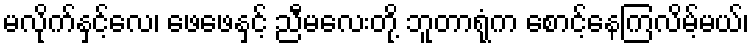
မလိုက်နှင့်လေ၊ ဖေဖေနှင့် ညီမလေးတို့ ဘူတာရုံက စောင့်နေကြလိမ့်မယ်၊